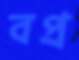
বপ্র